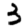
Digit: 3